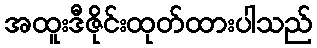
အထူးဒီဇိုင်းထုတ်ထားပါသည်